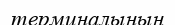
терминалының